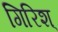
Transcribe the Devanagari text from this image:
गिरिश्